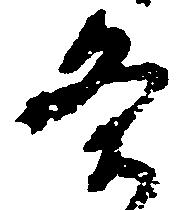
条